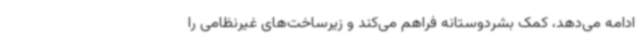
ادامه می‌دهد، کمک بشردوستانه فراهم می‌کند و زیرساخت‌های غیرنظامی را